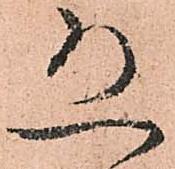
恐